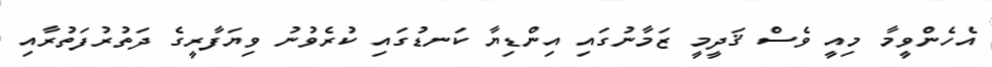
އެހެންވީމާ މިއީ ވެސް ޤަދީމީ ޒަމާނުގައި އިންޑިޔާ ކަނޑުގައި ކުރެވުނު ވިޔަފާރީގެ ދަތުރުފަތުރާއި